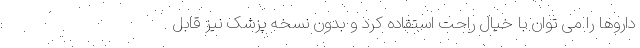
داروها را می توان با خیال راحت استفاده کرد و بدون نسخه پزشک نیز قابل